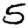
Digit: 5